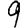
Digit: 9